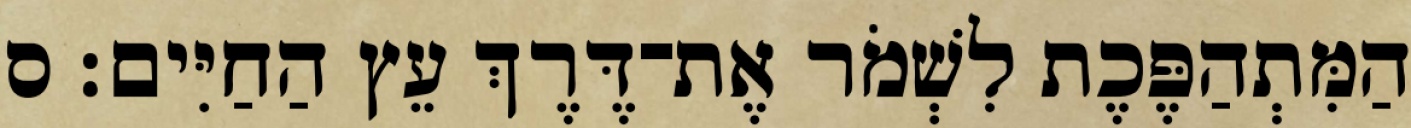
הַמִּתְהַפֶּכֶת לִשְׁמֹר אֶת־דֶּרֶךְ עֵץ הַחַיִּים׃ ס